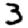
Digit: 3